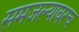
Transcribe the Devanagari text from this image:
समजल्यावरच